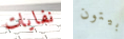
نفايات بيتون